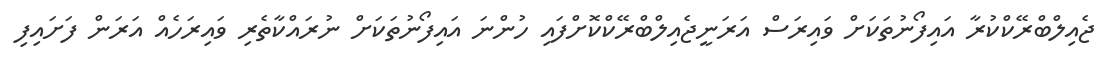
ޖެއިލްބްރޭކްކުރާ އައިފޯނުތަކަށް ވައިރަސް އަރަނީޖެއިލްބްރޭކްކޮށްފައި ހުންނަ އައިފޯނުތަކަށް ނުރައްކާތެރި ވައިރަހެއް އަރަން ފަށައިފި